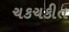
ચકચકીત